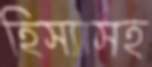
হিস্যাসহ